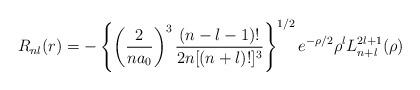
LaTeX: \begin{align*}R_{nl}(r)=-\left\{\left(\frac{2}{na_0}\right)^3\frac{(n-l-1)!}{2n [(n+l)!]^3}\right\}^{1/2}e^{-\rho/2}\rho^l L^{2l+1}_{n+l}(\rho)\end{align*}